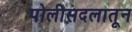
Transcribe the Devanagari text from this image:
पोलीसदलातून